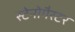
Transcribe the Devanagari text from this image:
स्टेनोगैस्टर